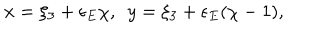
x = \xi _ { 3 } + \epsilon _ { E } \chi , \ \ y = \xi _ { 3 } + \epsilon _ { E } ( \chi - 1 ) ,